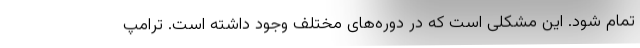
تمام شود. این مشکلی است که در دوره‌های مختلف وجود داشته است. ترامپ